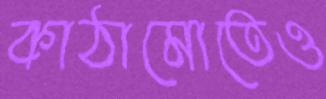
কাঠামোতেও